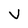
Character: v